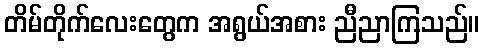
တိမ်တိုက်လေးတွေက အရွယ်အစား ညီညာကြသည်။